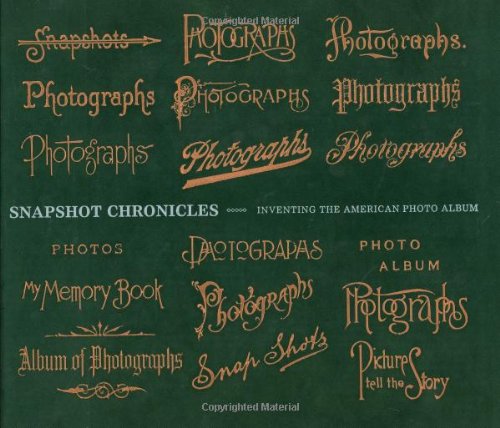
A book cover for Snapshot Chronicles: Inventing the American Photo Album; Stephanie Snyder; Crafts, Hobbies & Home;